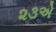
૨૩એ